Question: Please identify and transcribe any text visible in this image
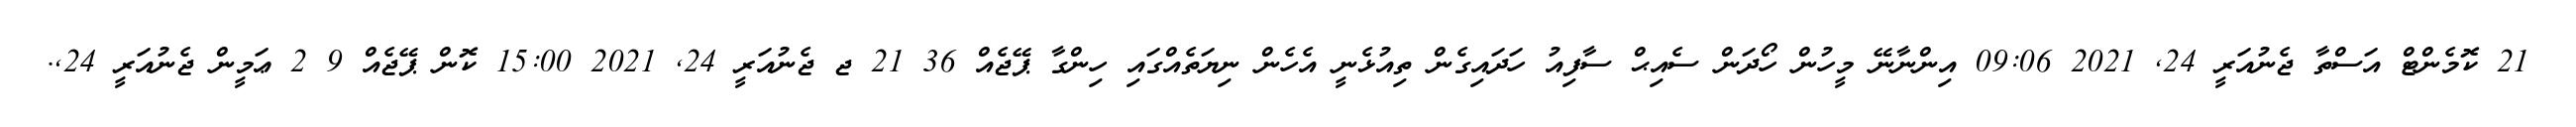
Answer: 21 ކޮމެންޓް އަސްތާ ޖެނުއަރީ 24, 2021 09:06 އިންނާނޭ މީހުން ހޯދަން ސެއިޙް ސާފިއު ހަދައިގެން ތިއުޅެނީ އެހެން ނިޔަތެއްގައި ހިންގާ ޕޭޖެއް 36 21 ޖ ޖެނުއަރީ 24, 2021 15:00 ކޮން ޕޭޖެއް 9 2 ޢަމީން ޖެނުއަރީ 24,.